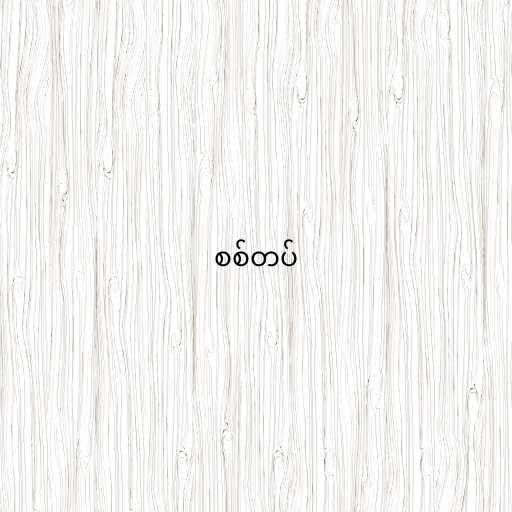
စစ်တပ်